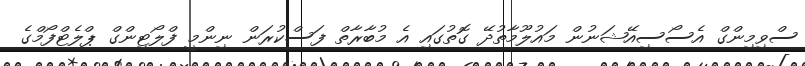
ސްވިމިންގް އެސޯސިއޭޝަނުން މައުލޫމާތުދޭ ގޮތުގައި އެ މުބާރާތް ފަސްކުރަން ނިންމީ ފްލޯޓިންގް ޕްލެޓްފޯމްގެ